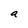
Character: a